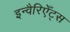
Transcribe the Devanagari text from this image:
इन्वैरिएँट्स